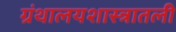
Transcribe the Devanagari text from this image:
ग्रंथालयशास्त्रातली